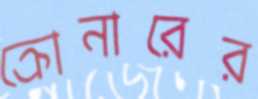
ক্রোনারের